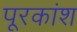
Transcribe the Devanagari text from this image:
पूरकांश